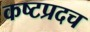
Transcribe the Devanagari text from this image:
कष्टप्रदच